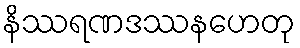
နိဿရဏဒဿနဟေတု